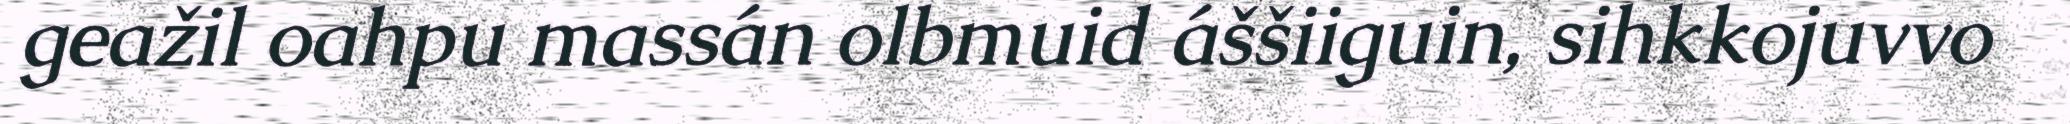
geažil oahpu massán olbmuid áššiiguin, sihkkojuvvo